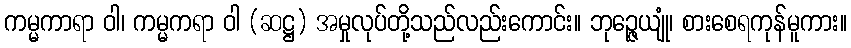
ကမ္မကာရာ ဝါ၊ ကမ္မကရာ ဝါ (ဆဋ္ဌ) အမှုလုပ်တို့သည်လည်းကောင်း။ ဘုဉ္ဇေယျုံ၊ စားစေရကုန်မူကား။